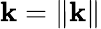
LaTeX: \mathbf{k}=\| \mathbf{{\mathbf{k}}}\|